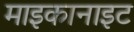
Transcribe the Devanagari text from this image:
माइकानाइट